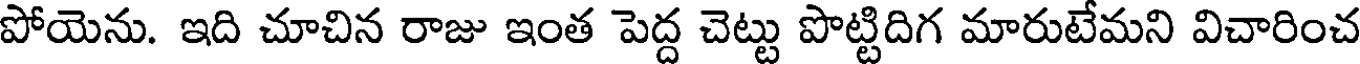
పోయెను. ఇది చూచిన రాజు ఇంత పెద్ద చెట్టు పొట్టిదిగ మారుటేమని విచారించ